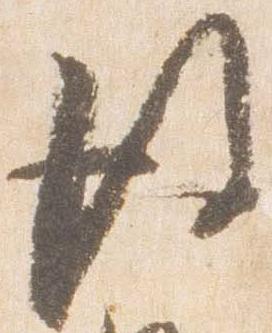
後